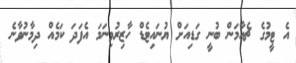
އެ ޓީމުގެ ޗެއާމަން ބުނީ ގަޑިއަށް ޔުނައިޓެޑް ހާޒިރުވިނަމަ އެފަދަ ކަމެއް ދިމާނުވާނެ